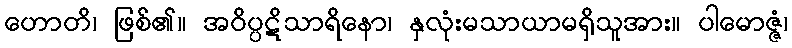
ဟောတိ၊ ဖြစ်၏။ အဝိပ္ပဋိသာရိနော၊ နှလုံးမသာယာမရှိသူအား။ ပါမောဇ္ဇံ၊